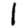
Digit: 1